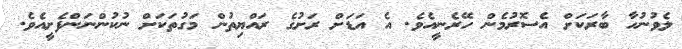
ލެވުނުހާ ބާރަކަށް އެސޮރުމެން ހޭރެނީއެވެ. އެ އަޑަށް ރަށުގެ ރައްޔިތުން މަގުތަކަށް ނުކުންނަންފެށީއެވެ.